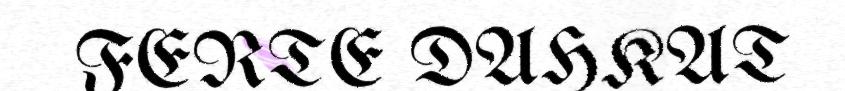
FERTE DAHKAT